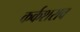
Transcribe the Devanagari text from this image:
कर्कशराव